Annual administration report of the Civil Veterinary Department of India - 1901-1902
Year: 1901
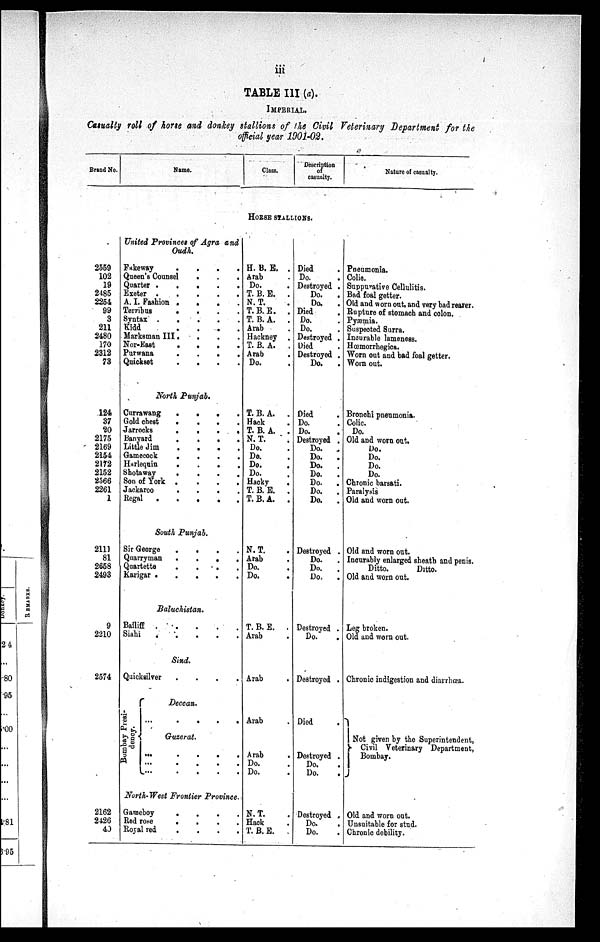
iii
TABLE III (a).
IMPERIAL.
Casualty roll of horse and donkey stallions of the Civil Veterinary Department for the
official year 1901-02.
Brand No.
Name.
Class.
Description
of
casualty.
Nature of casualty.
HORSE STALLIONS.
2559
102
19
2485
2254
99
3
211
2480
170
2312
73
124
37
20
2175
2169
2154
2172
2152
2566
2261
1
2111
81
2658
2493
9
2210
2574
2162
2426
40
United Provinces of Agra and
Oudh.
Fakeway .
Queen's Counsel
Quarter .
.
Exeter . .
A. I. Fashion .
Terribus
.
Syntax .
.
Kidd .
Marksman III.
Nor-East
.
Purwana .
Quickset .
.
.
.
.
.
.
.
.
.
.
.
.
.
.
.
.
.
.
.
.
.
.
.
.
.
.
.
.
.
.
.
.
.
.
.
.
North Punjab.
Currawang
.
Gold chest
.
Jarrocks
.
Banyard
.
Little Jim
.
Gamecock
.
Harlequin
.
Shotaway
.
Son of York .
Jackaroo
.
Regal . .
.
.
.
.
.
.
.
.
.
.
.
.
.
.
.
.
.
.
.
.
.
.
.
.
.
.
.
.
.
.
.
.
.
South Punjab.
Sir George
Quarryman
.
Quartette
Karigar . .
.
.
.
.
.
.
.
.
.
.
.
.
Baluchistan.
Bailiff . .
Siahi
.
.
.
.
.
.
.
.
Sind.
Quicksilver .
Bombay Presi-
dency.
.
Deccan.
...
.
Guzerat.
...
...
...
.
.
.
.
.
.
.
.
.
.
.
.
.
North-West Frontier Province.
Gameboy
Red rose
Royal red
.
.
.
.
.
.
.
.
.
H. B. E. .
Arab .
Do. .
T. B. E. .
N. T. .
T. B. E. .
T. B. A. .
Arab .
Hackney .
T. B. A. .
Arab .
Do.
T. B. A. .
Hack .
T. B. A. .
N. T. .
Do. .
Do. .
Do. .
Do. .
Hacky
.
T. B. E. .
T. B. A. .
N. T. .
Arab .
Do. .
Do. .
T. B. E. .
Arab .
Arab .
Arab .
Arab .
Do.
Do.
N. T. .
Hack .
T. B. E. .
Died .
Do.
Destroyed .
Do.
.
Do. .
Died .
Do. .
Do. .
Destroyed .
Died .
Destroyed .
Do.
.
Died .
Do. .
Do. .
Destroyed .
Do.
.
Do.
.
Do.
.
Do.
.
Do.
.
Do.
.
Do.
.
Destroyed .
Do.
.
Do.
.
Do. .
Destroyed .
Do. .
Destroyed .
Died .
Destroyed .
Do.
Do.
Destroyed .
Do. .
Do.
Pneumonia.
Colic.
Suppurative Cellulitis.
Bad foal getter.
Old and worn out, and very bad rearer.
Rupture of stomach and colon.
Pyaemia.
Suspected Surra.
Incurable lameness.
Hœmorrhegica.
Worn out and bad foal getter.
Worn out.
Bronchi pneumonia.
Colic.
Do.
Old and worn out.
Do.
Do.
Do.
Do.
Chronic barsati.
Paralysis
Old and worn out.
Old and worn out.
Incurably enlarged sheath and penis.
Ditto.
Ditto.
Old and worn out.
Leg broken.
Old and worn out.
Chronic indigestion and diarrhœa.
Not given by the Superintendent,
Civil Veterinary Department,
Bombay.
Old and worn out.
Unsuitable for stud.
Chronic debility.